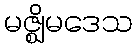
မဇ္ဈိမဒေသ